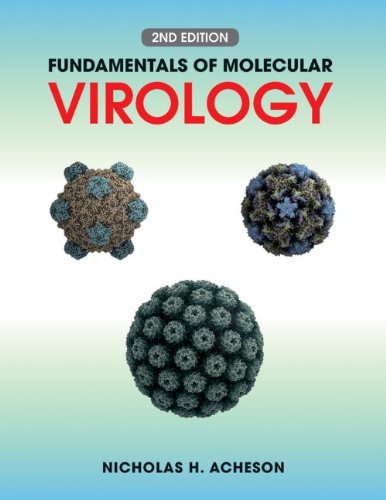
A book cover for Fundamentals of Molecular Virology; Nicholas H. Acheson; Medical Books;